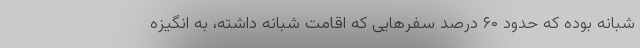
شبانه بوده که حدود ۶۰ درصد سفرهایی که اقامت شبانه داشته، به انگیزه